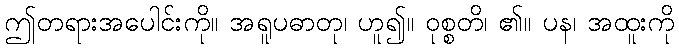
ဤတရားအပေါင်းကို။ အရူပဓာတု၊ ဟူ၍။ ဝုစ္စတိ၊ ၏။ ပန၊ အထူးကို